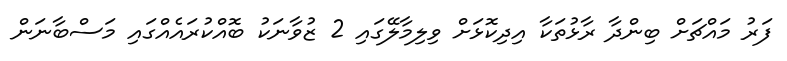
ފަރު މައްޗަށް ބިންދާ ރާޅުތަކާ އިދިކޮޅަށް ވިލިމާލޭގައި 2 ޒުވާނަކު ބޮއްކުރައެއްގައި މަސްބާނަން